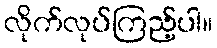
လိုက်လုပ်ကြည့်ပါ။